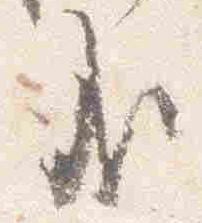
哉